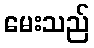
မေးသည်